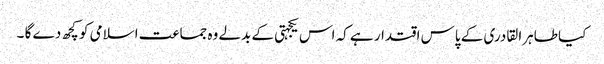
کیا طاہرا لقادری کے پاس اقتدار ہے کہ اس یکجہتی کے بدلے وہ جماعت اسلامی کو کچھ دے گا ۔